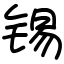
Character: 锡